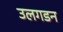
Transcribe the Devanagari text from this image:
उलगडन